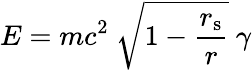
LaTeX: E=mc^{2}\ {\sqrt{1-{\frac{r_{\mathrm{{s}}}}{r}}}}\ \gamma